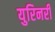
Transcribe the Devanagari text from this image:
युरिनरी